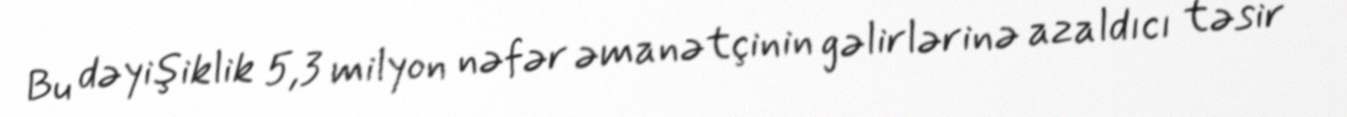
Bu dəyişiklik 5,3 milyon nəfər əmanətçinin gəlirlərinə azaldıcı təsir